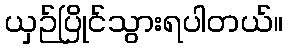
ယှဉ်ပြိုင်သွားရပါတယ်။